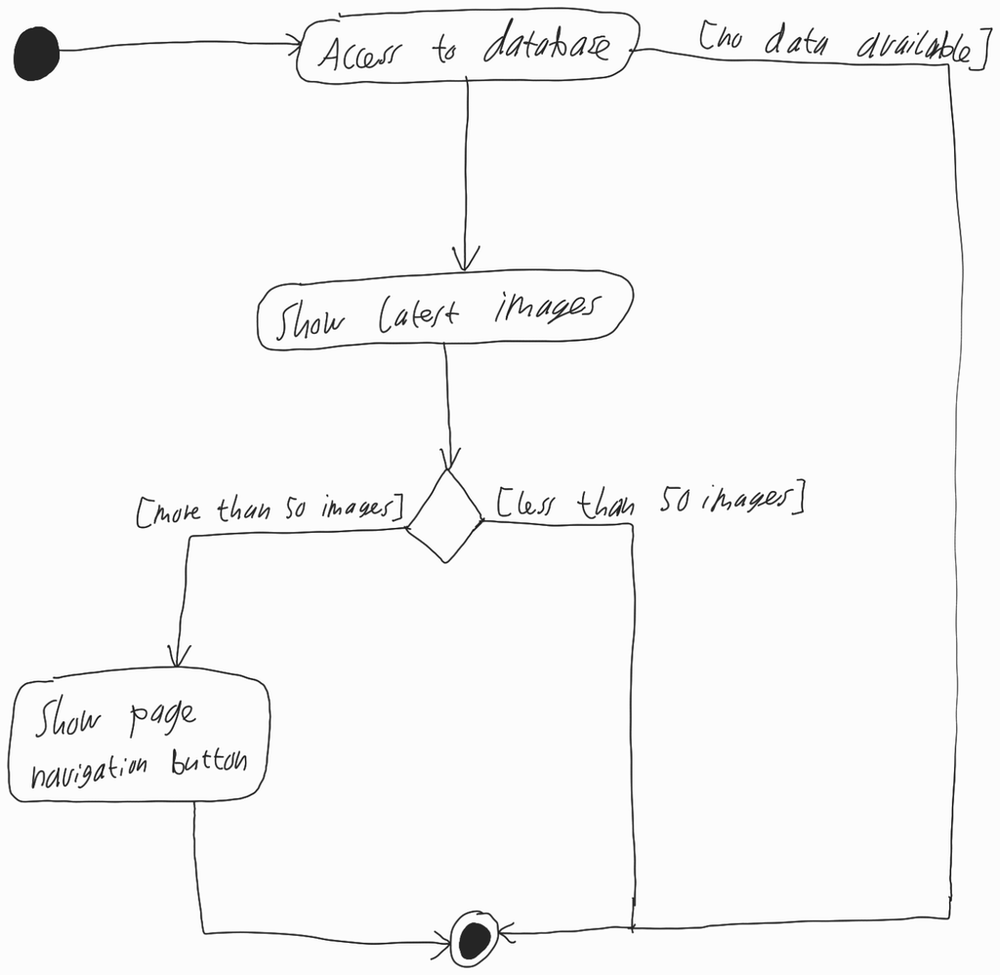
Diagram type: activity_diagram
```plantuml
@startuml

start

if (Access to database) then
  :Show latest images;

  if () then ([more than 50 images])
    :Show page navigation button;
  else ([less than 50 images])
  endif
else ([no data available])
endif

stop

@enduml
```